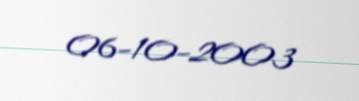
06-10-2003